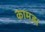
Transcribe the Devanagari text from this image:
कामड।